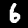
Label: 6